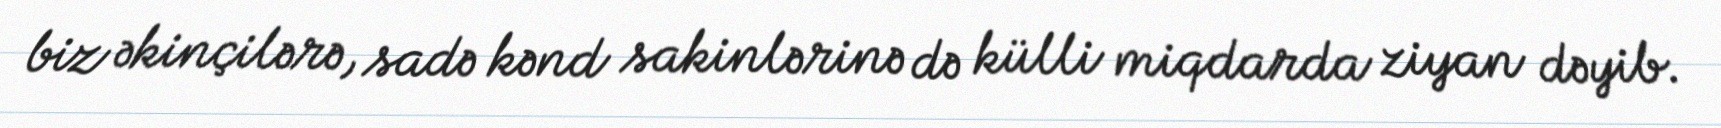
biz əkinçilərə, sadə kənd sakinlərinə də külli miqdarda ziyan dəyib.